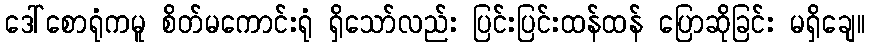
ဒေါ်စောရုံကမူ စိတ်မကောင်းရုံ ရှိသော်လည်း ပြင်းပြင်းထန်ထန် ပြောဆိုခြင်း မရှိချေ။